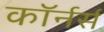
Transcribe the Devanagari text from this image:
कॉर्नर्स